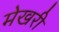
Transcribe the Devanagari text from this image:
मेखरी